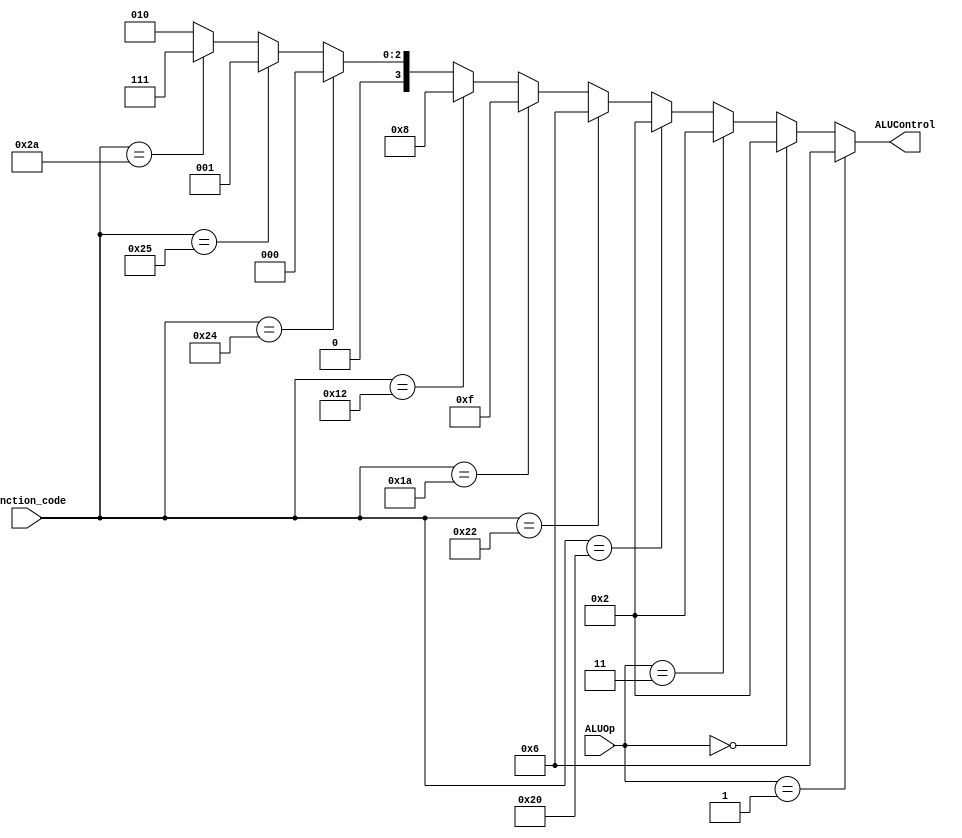
module ALU_Control (ALUControl , function_code , ALUOp);

	output [3:0]ALUControl;
	input [5:0]function_code;
	input [1:0]ALUOp;

	assign ALUControl = 	(ALUOp == 2'b01) ? (4'b0110) : //beq: sub
				(ALUOp == 2'b00) ? (4'b0010) : //lw,sw: add
				(ALUOp	== 2'b11) ? (4'b0010) : //addi: add
			     	(function_code == 6'b100000) ? (4'b0010) : //add
				(function_code == 6'b100010) ? (4'b0110) : //sub
				(function_code == 6'b011010) ? (4'b1111) : //div
				(function_code == 6'b010010) ? (4'b1000) : //mul
				(function_code == 6'b100100) ? (4'b0000) : //and
				(function_code == 6'b100101) ? (4'b0001) : //or  
				(function_code == 6'b101010) ? (4'b0111) : //slt
				4'b0010; //addi

endmodule